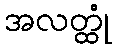
အလတ္ထုံ